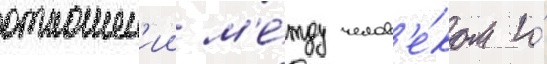
отношен'ии м'е́жду челов'е́ком и́